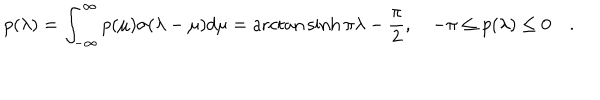
p ( \lambda ) = \int _ { - \infty } ^ { \infty } p ( \mu ) \sigma ( \lambda - \mu ) d \mu = \operatorname { a r c t a n } \sinh \pi \lambda - \frac { \pi } { 2 } , \quad - \pi \leq p ( \lambda ) \leq 0 \quad .